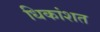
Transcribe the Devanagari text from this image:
धिकांशत